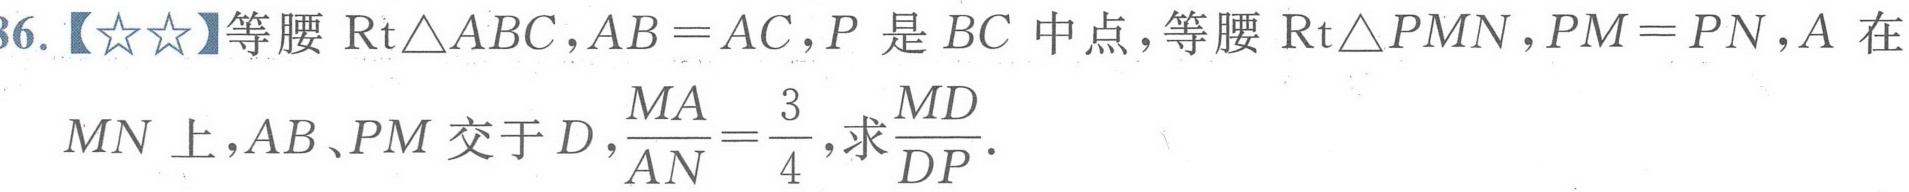
36.【\(★★\)】等腰\(\text{Rt}\triangle ABC\)，\(AB = AC\)，\(P\) 是 \(BC\) 中点，等腰\(\text{Rt}\triangle PMN\)，\(PM = PN\)，\(A\) 在 \(MN\) 上，\(AB\)、\(PM\) 交于 \(D\)，\(\frac{MA}{AN}=\frac{3}{4}\)，求\(\frac{MD}{DP}\)．